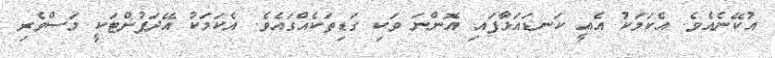
އުކޭނެއެވެ. އެކަމަކު އެއީ ކަނޑައަޅާފައި އޮންނަ ވަކި ގަޑިތަކެއްގައެވެ. އެކަމަކު އޭދަފުށްޓަކީ މަސްވެރި